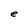
Character: e